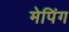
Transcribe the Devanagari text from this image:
मेपिंग